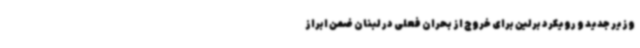
وزیر جدید و رویکرد برلین برای خروج از بحران فعلی در لبنان ضمن ابراز